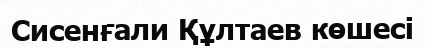
Сисенғали Құлтаев көшесі